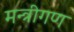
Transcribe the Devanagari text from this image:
मन्त्रीगण